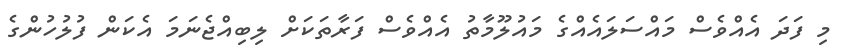
މި ފަދަ އެއްވެސް މައްސަލައެއްގެ މައުލޫމާތު އެއްވެސް ފަރާތަކަށް ލިބިއްޖެނަމަ އެކަން ފުލުހުންގެ